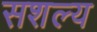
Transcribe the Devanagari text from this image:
सशल्य